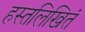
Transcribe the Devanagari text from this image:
हस्तलिखितं